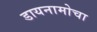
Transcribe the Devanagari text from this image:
डायनामोचा